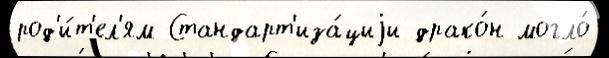
род'и́т'ел'ям Стандарт'иза́циjи драко́н могло́